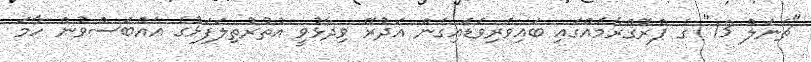
"ޗެނަލް 13" ގެ ޕްރޮގްރާމެއްގައި ބައިވެރިވަޑައިގެން އަދުރޭ ވިދާޅުވީ އުތުރުތިލަފަޅުގެ އެއްބަސްވުން ހާމަ